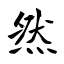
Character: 然